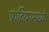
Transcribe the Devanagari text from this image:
फ्रंटियरमध्ये